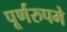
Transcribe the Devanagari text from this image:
पूर्णरुपमे